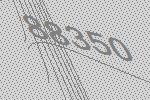
88350